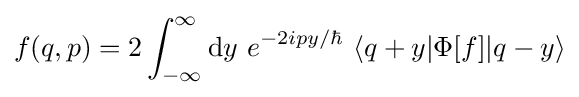
f(q,p)=2\int _{-\infty }^{\infty }{\text{d}}y~e^{-2ipy/\hbar }~\langle q+y|\Phi [f]|q-y\rangle